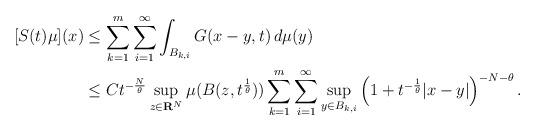
LaTeX: \begin{align*} [S(t)\mu](x) & \le\sum_{k=1}^m\sum_{i=1}^\infty \int_{B_{k,i}}G(x-y,t)\,d\mu(y) \\ & \le Ct^{-\frac{N}{\theta}}\sup_{z\in{\bf R}^N}\mu(B(z,t^{\frac{1}{\theta}}))\sum_{k=1}^m \sum_{i=1}^\infty \sup_{y\in B_{k,i}} \left(1+t^{-\frac{1}{\theta}}|x-y|\right)^{-N-\theta}.\end{align*}